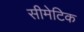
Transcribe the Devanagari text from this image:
सीमेटिक